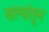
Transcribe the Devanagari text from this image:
नात्यांतून